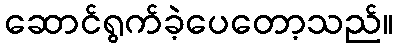
ဆောင်ရွက်ခဲ့ပေတော့သည်။